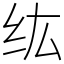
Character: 纮